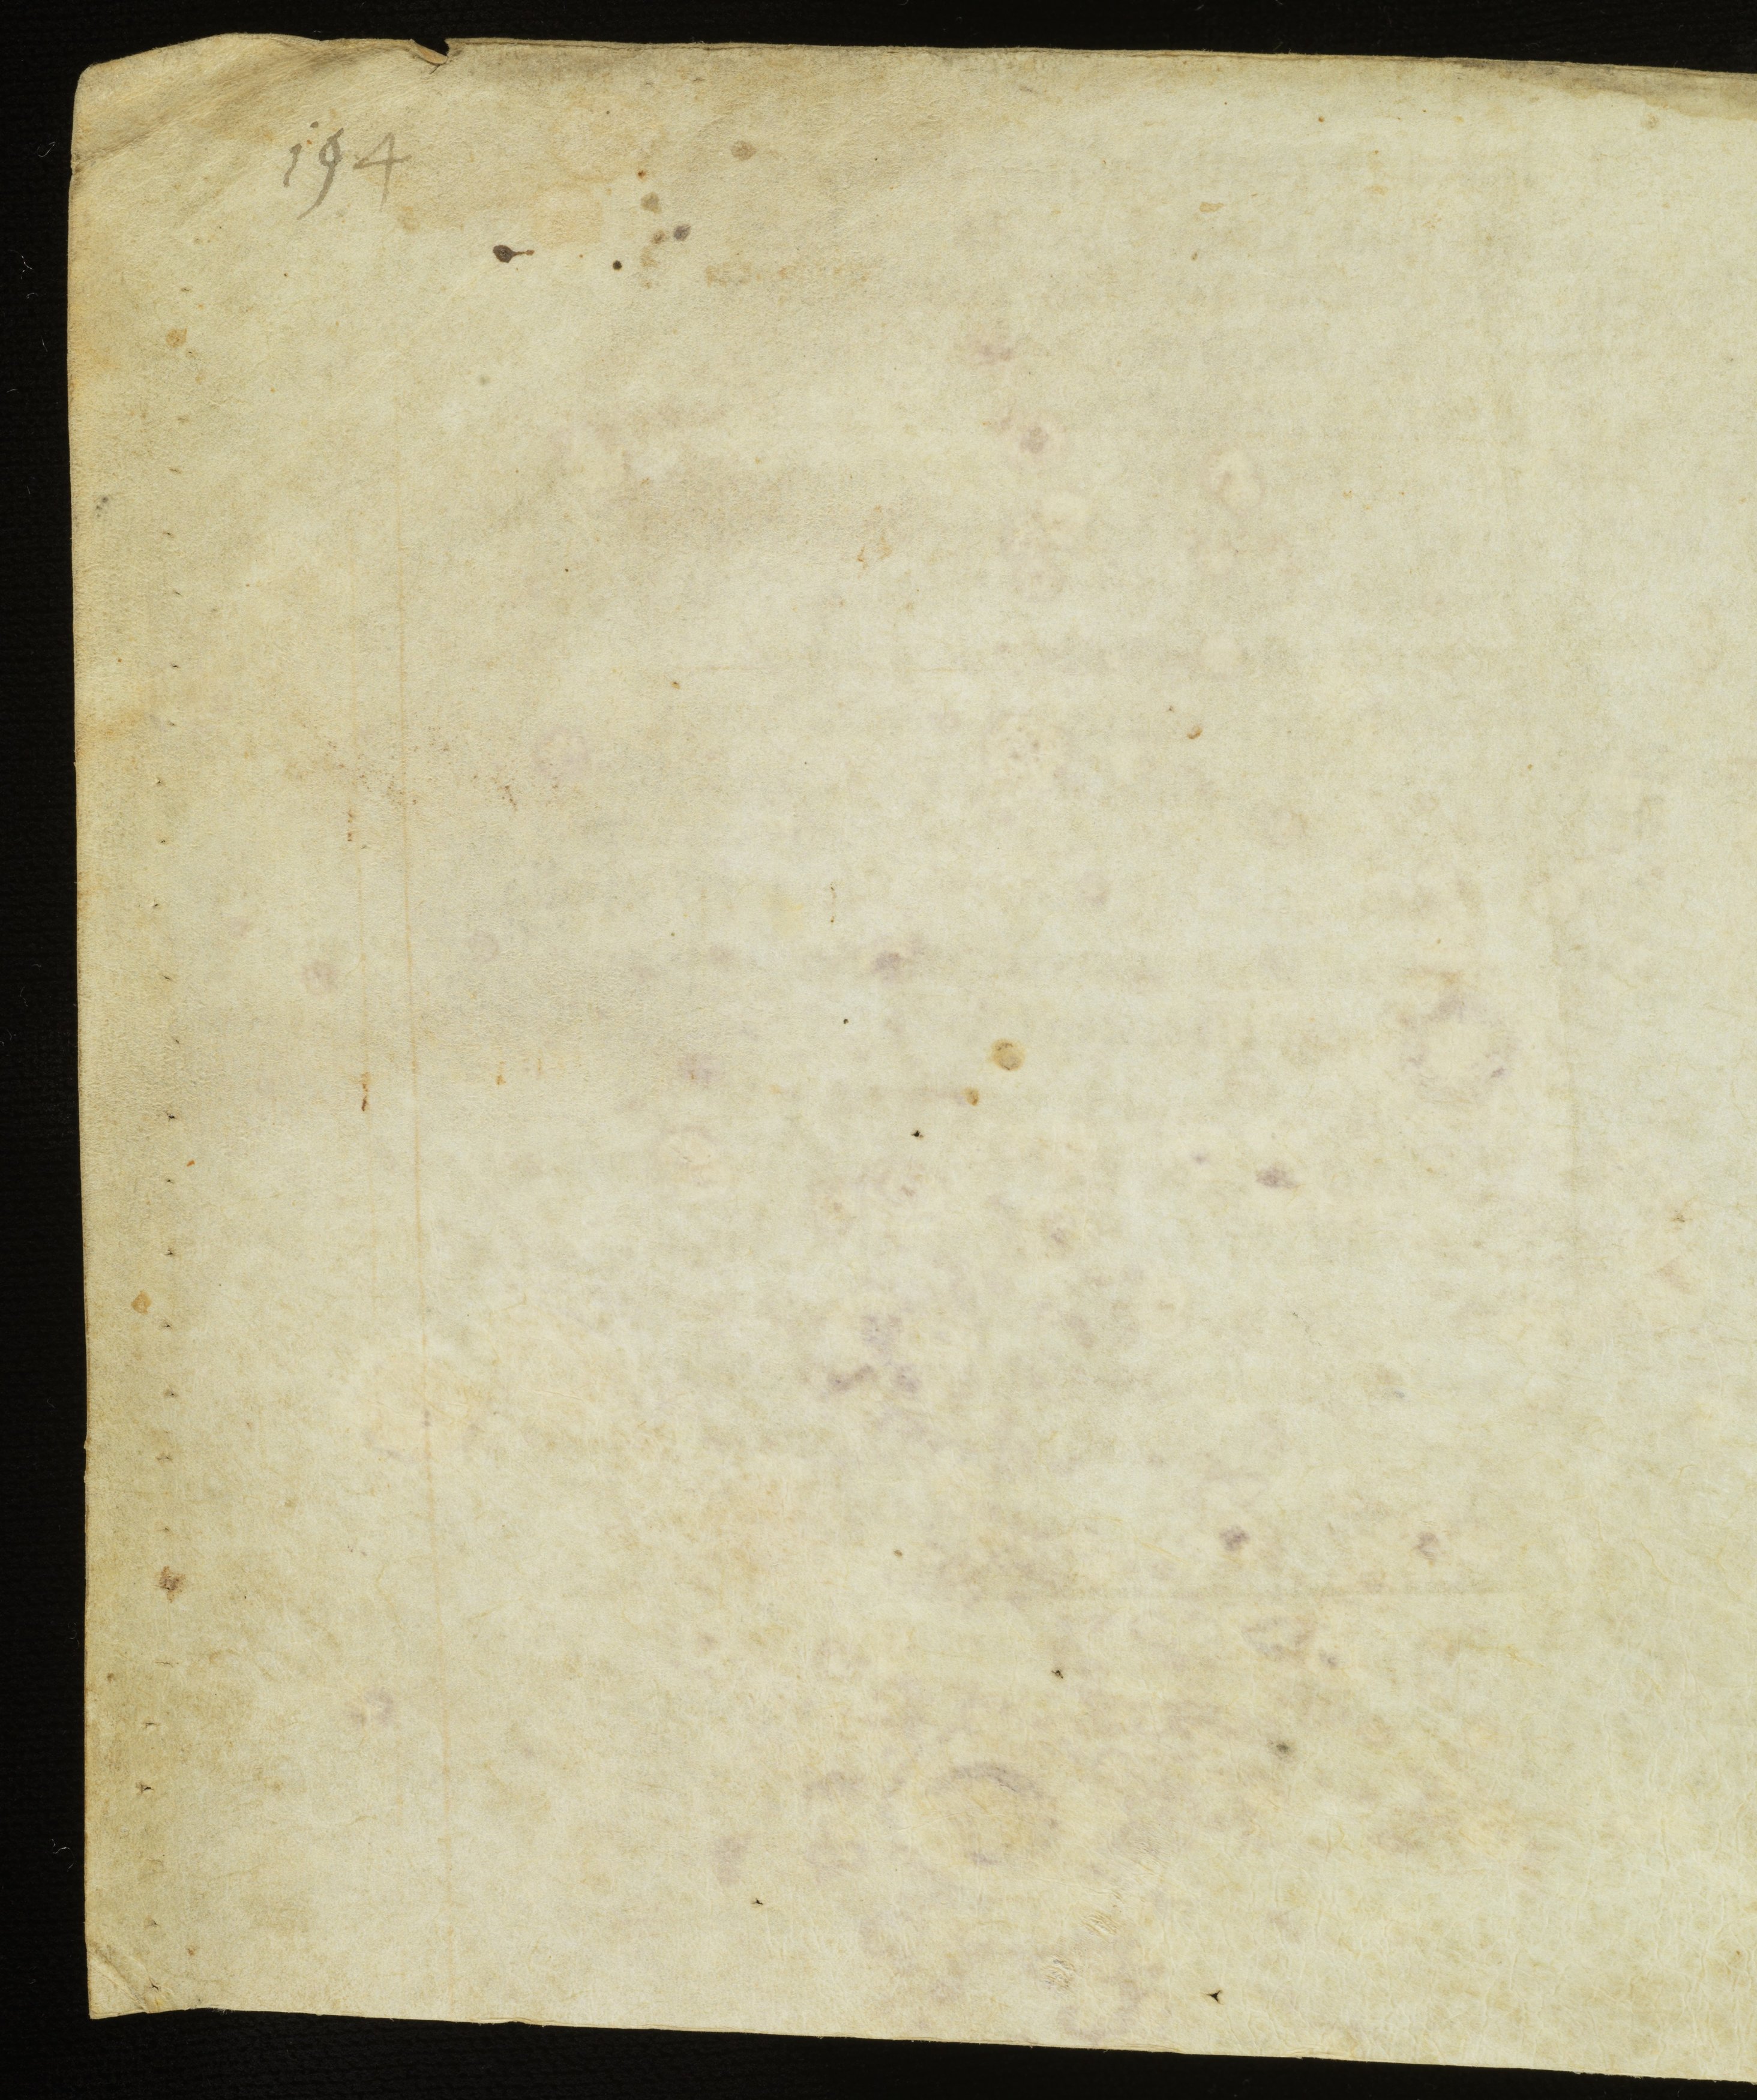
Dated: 1100–1199